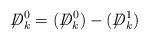
LaTeX: \begin{align*}\displaystyle{\not}D^0_k=(\displaystyle{\not}D^0_k)-(\displaystyle{\not}D^1_k)\end{align*}